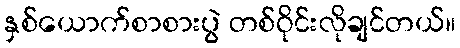
နှစ်ယောက်စာစားပွဲ တစ်ဝိုင်းလိုချင်တယ်။